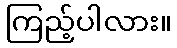
ကြည့်ပါလား။